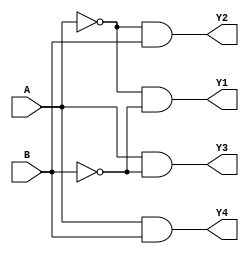
module decoder_rtl(A,B,Y1,Y2,Y3,Y4);

input A,B;
output reg  Y1,Y2,Y3,Y4 ; 

always @(*)
begin 
 Y1= ~A&~B;
 Y2=~A&B;
 Y3=A&~B;
 Y4=A&B;
end 
endmodule 


module muxbuffer(s1,s0,d3,d2,d1,d0,y);
input s1,s0 ;
input  d3,d2,d1,d0;
output wor  y;

wire w1,w2,w3,w4;
 
decoder_rtl decoderone(.A(s1),.B(s0),.Y1(w1),.Y2(w2),.Y3(w3),.Y4(w4) );
bufif1  tribufferone((y),(d0),(w1));
bufif1  tribuffertwo((y),(d1),(w2));
bufif1  tribufferthree((y),(d2),(w3));
bufif1  tribufferfour((y),(d3),(w4));

endmodule